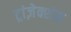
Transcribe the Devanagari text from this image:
ट्रांज़ेक्शंस